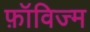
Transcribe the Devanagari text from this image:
फ़ॉविज्म